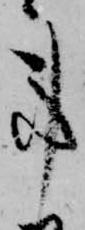
事